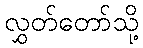
လွှတ်တော်သို့